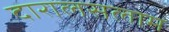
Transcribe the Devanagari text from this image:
दारालसलाम